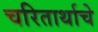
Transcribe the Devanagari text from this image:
चरितार्थाचे